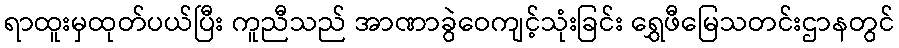
ရာထူးမှထုတ်ပယ်ပြီး ကူညီသည် အာဏာခွဲဝေကျင့်သုံးခြင်း ရွှေဖီမြေသတင်းဌာနတွင်